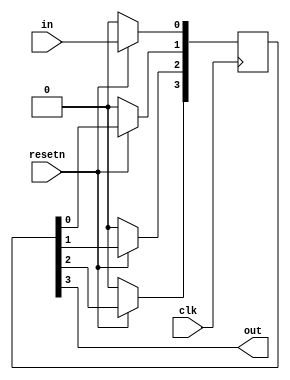
module top_module (
    input clk,
    input resetn,   // synchronous reset
    input in,
    output out);
    wire [3:0] q;
	always @(posedge clk) begin
        
        
        q[0] <= resetn ? in : 1'b0;
        q[1] <= resetn ? q[0]: 1'b0 ;
        q[2] <= resetn ? q[1]: 1'b0;
        q[3] <= resetn ? q[2]: 1'b0;
        //out <= q[3];
            
        
        
    end
    assign out = q[3];
endmodule